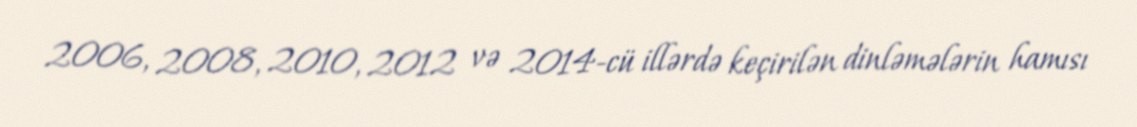
2006, 2008, 2010, 2012 və 2014-cü illərdə keçirilən dinləmələrin hamısı